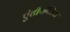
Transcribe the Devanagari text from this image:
एंटीथीसिस